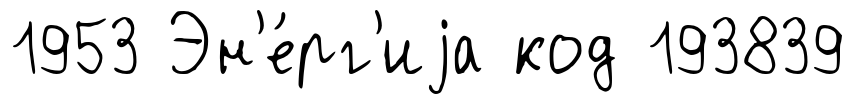
1953 Эн'е́рг'иjа код 193839